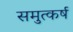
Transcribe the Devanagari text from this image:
समुत्कर्ष